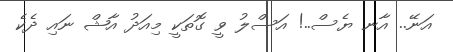
އަނޭ.. އާނ ޔެސް..! އަސްލު ވީ ގޮތަކީ މިއަދު އާޝް ނައި ދެކެ